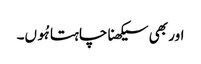
اور بھی سیکھنا چاہتا ہُوں۔